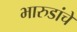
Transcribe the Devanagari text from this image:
भारुडांचे